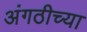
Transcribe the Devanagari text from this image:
अंगठीच्या